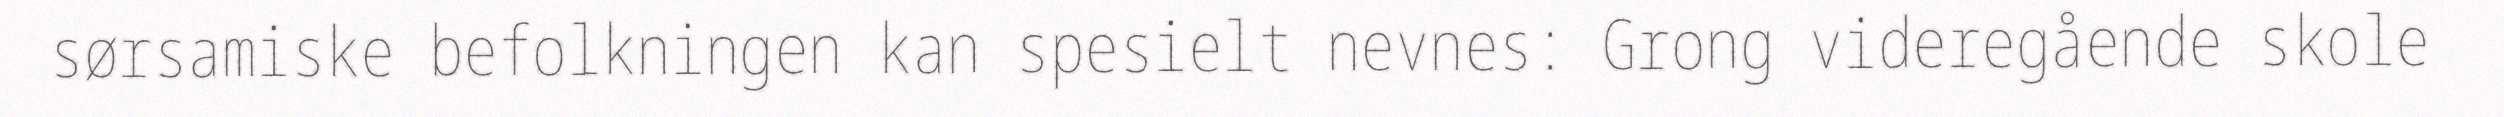
sørsamiske befolkningen kan spesielt nevnes: Grong videregående skole